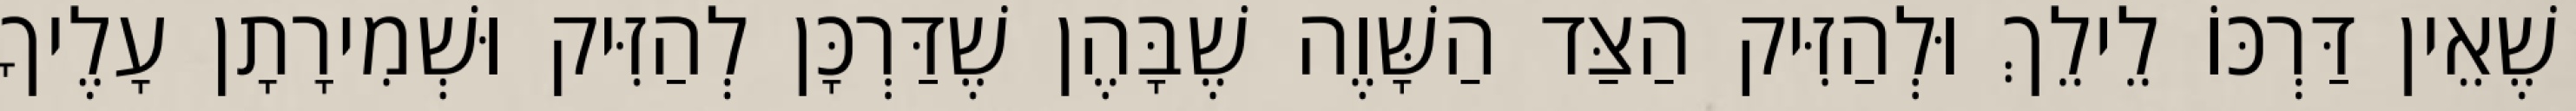
שֶׁאֵין דַּרְכּוֹ לֵילֵךְ וּלְהַזִּיק הַצַּד הַשָּׁוֶה שֶׁבָּהֶן שֶׁדַּרְכָּן לְהַזִּיק וּשְׁמִירָתָן עָלֶיךָ